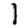
Digit: 1